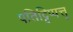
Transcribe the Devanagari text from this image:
पतिट्टिप्पत्तु